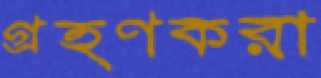
গ্রহণকরা